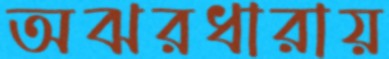
অঝরধারায়